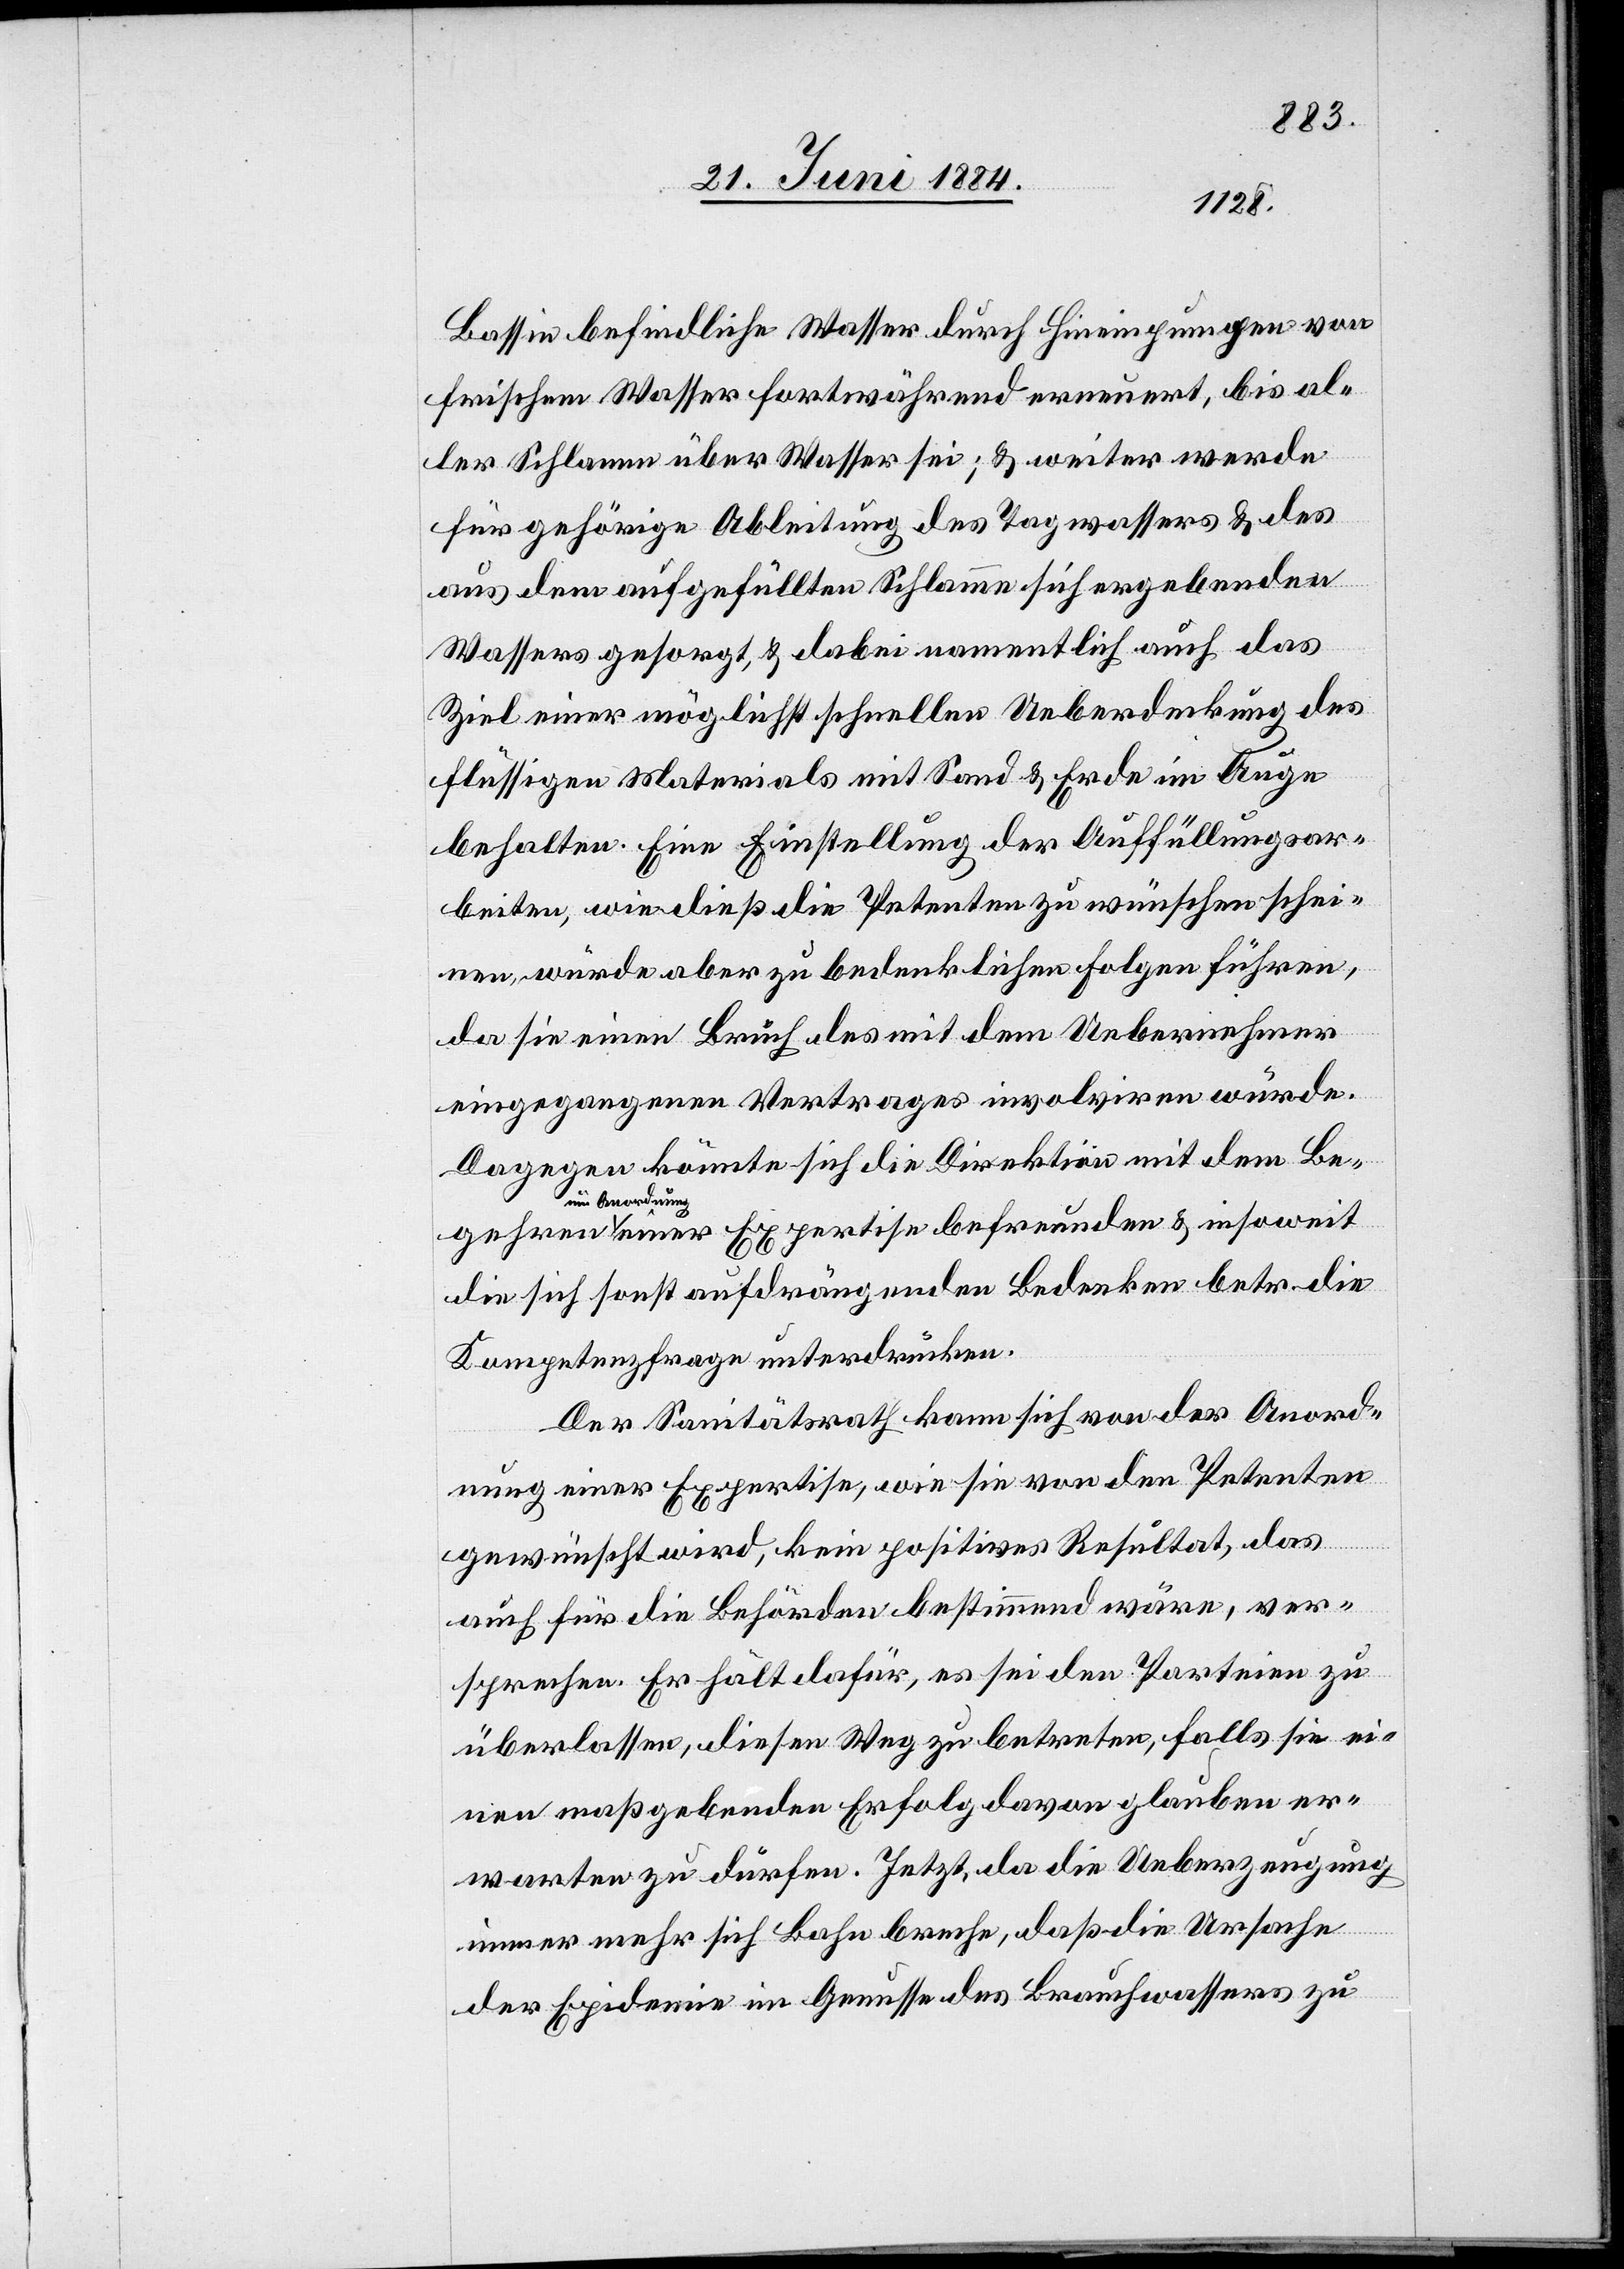
Bassin befindliche Wasser durch Hineinpumpen von
frischem Wasser fortwährend erneuert, bis al¬
ler Schlamm über Wasser sei; & weiter werde
für gehörige Ableitung des Tagwassers & des
aus dem aufgefüllten Schlamm sich ergebenden
Wassers gesorgt, & dabei namentlich auch das
Ziel einer möglichst schnellen Ueberdeckung des
flüssigen Materials mit Sand & Erde im Auge
behalten. Eine Einstellung der Auffüllungsar¬
beiten, wie dieß die Petenten zu wünschen schei¬
nen, würde aber zu bedenklichen Folgen führen,
da sie einen Bruch des mit dem Uebernehmer
eingegangenen Vertrages involviren würde.
Dagegen könnte sich die Direktion mit dem Be¬
um Anordnung
einer Expertise befreunden & insoweit
die sich sonst aufdrängenden Bedenken betr. die
Kompetenzfrage unterdrücken.
Der Sanitätsrath kann sich von der Anord¬
nung einer Expertise, wie sie von den Petenten
gehren
gewünscht wird, kein positives Resultat, das
auch für die Behörden bestimmend wäre, ver¬
sprechen. Er hält dafür, es sei den Parteien zu
überlassen, diesen Weg zu betreten, falls sie ei¬
nen maßgebenden Erfolg davon glauben er¬
warten zu dürfen. Jetzt, da die Ueberzeugung
immer mehr sich Bahn breche, daß die Ursache
der Epidemie im Genusse des Brauchwassers zu